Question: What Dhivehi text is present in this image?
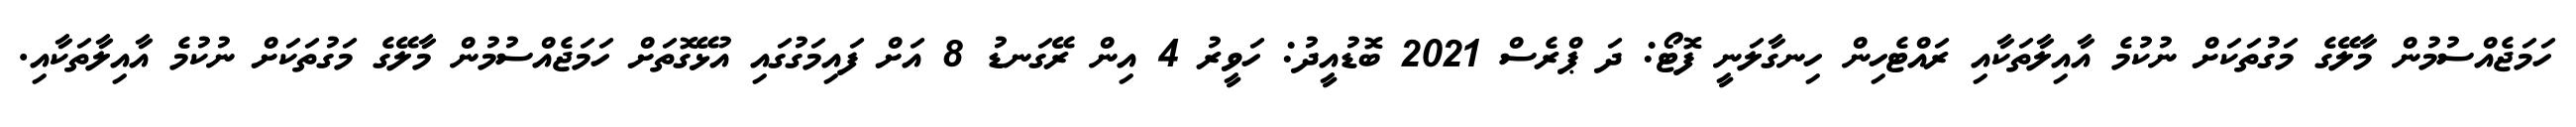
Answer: ހަމަޖެއްސުމުން މާލޭގެ މަގުތަކަށް ނުކުމެ އާއިލާތަކާއި ރައްޓެހިން ހިނގާލަނީ ފޮޓޯ: ދަ ޕްރެސް 2021 ބޮޑުއީދު: ހަވީރު 4 އިން ރޭގަނޑު 8 އަށް ފައިމަގުގައި އުޅޭގޮތަށް ހަމަޖެއްސުމުން މާލޭގެ މަގުތަކަށް ނުކުމެ އާއިލާތަކާއި.